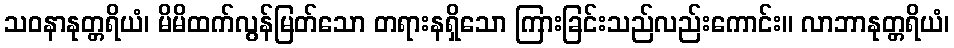
သဝနာနုတ္တရိယံ၊ မိမိထက်လွန်မြတ်သော တရားနရှိသော ကြားခြင်းသည်လည်းကောင်း။ လာဘာနုတ္တရိယံ၊